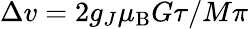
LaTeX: \Delta v=2g_{J}\mu_{\mathrm{B}}G\tau/M\pi